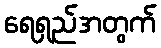
ရေရှည်အတွက်